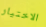
الاختيار